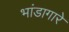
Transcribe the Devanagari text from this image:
भांडागारे